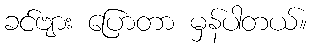
ခင်ဗျား ပြောတာ မှန်ပါတယ်။